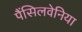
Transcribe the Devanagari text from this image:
पैंसिलवेनिया